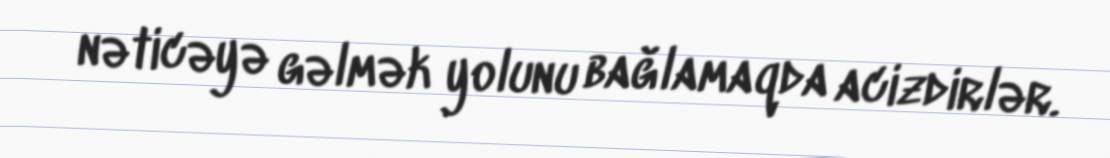
nəticəyə gəlmək yolunu bağlamaqda acizdirlər.